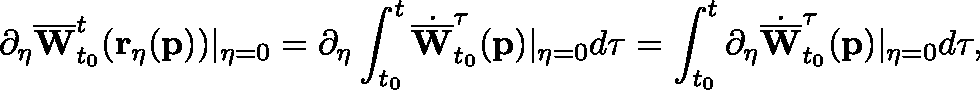
\partial _ { \eta } \overline { { \mathbf { W } } } _ { t _ { 0 } } ^ { t } ( \mathbf { r _ { \eta } } ( \mathbf { p } ) ) \vert _ { \eta = 0 } = \partial _ { \eta } \int _ { t _ { 0 } } ^ { t } \dot { \overline { { \mathbf { W } } } } _ { t _ { 0 } } ^ { \tau } ( \mathbf { p } ) \vert _ { \eta = 0 } d \tau = \int _ { t _ { 0 } } ^ { t } \partial _ { \eta } \dot { \overline { { \mathbf { W } } } } _ { t _ { 0 } } ^ { \tau } ( \mathbf { p } ) \vert _ { \eta = 0 } d \tau ,